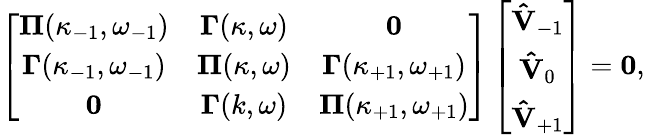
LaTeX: \left[\begin{array}{ccc}{{\boldsymbol{\Pi}(\kappa_{-1},\omega_{-1})}}&{{\boldsymbol{\Gamma}(\kappa,\omega)}}&{\mathbf{0}}\\ {{\boldsymbol{\Gamma}(\kappa_{-1},\omega_{-1})}}&{{\boldsymbol{\Pi}(\kappa,\omega)}}&{{\boldsymbol{\Gamma}(\kappa_{+1},\omega_{+1})}}\\ {\mathbf{0}}&{{\boldsymbol{\Gamma}(k,\omega)}}&{{\boldsymbol{\Pi}(\kappa_{+1},\omega_{+1})}}\end{array}\right]\left[\begin{array}{ccc}{{\mathbf{\hat{V}}_{-1}}}\\ {{\mathbf{\hat{V}}_{0}}}\\ {{\mathbf{\hat{V}}_{+1}}}\end{array}\right]=\mathbf{0},